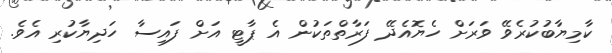
ކާމިޔާބުކުރެވޭ ވަރަށް ހެޔޮއެދޭ ފަރާތްތަކުން އެ ޕާޓީ އަށް ފައިސާ ހަދިޔާކުރި އެވެ.